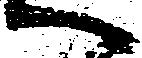
へ